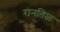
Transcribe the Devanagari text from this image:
रानतिळ